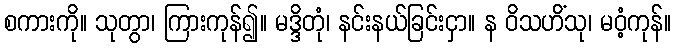
စကားကို။ သုတွာ၊ ကြားကုန်၍။ မဒ္ဒိတုံ၊ နင်းနယ်ခြင်းငှာ။ န ဝိသဟိံသု၊ မဝံ့ကုန်။